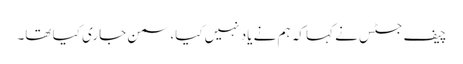
چیف جسٹس نے کہا کہ ہم نے یاد نہیں کیا، سمن جاری کیا تھا۔